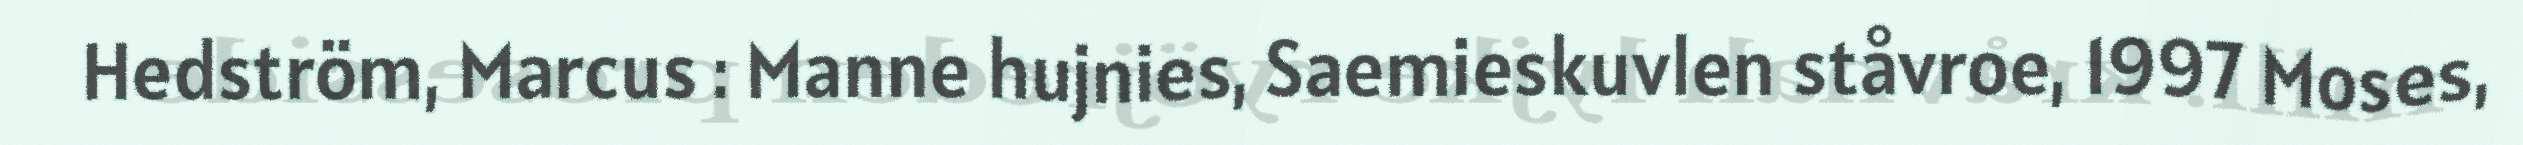
Hedström, Marcus : Manne hujnies, Saemieskuvlen ståvroe, 1997 Moses,